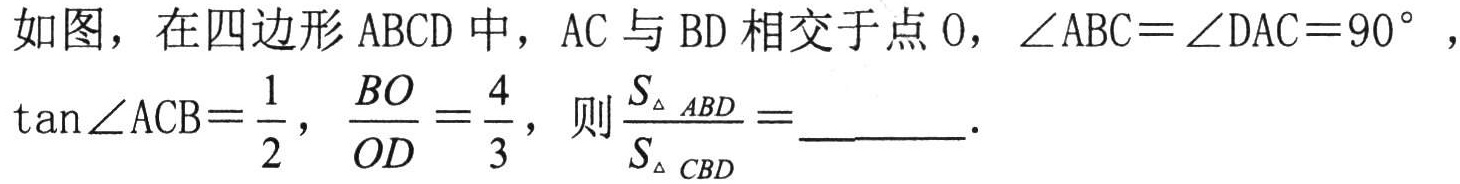
如图，在四边形 \(ABCD\) 中，\(AC\) 与 \(BD\) 相交于点 \(O\)，\(\angle ABC = \angle DAC = 90^{\circ}\)，\(\tan\angle ACB=\frac{1}{2}\)，\(\frac{BO}{OD}=\frac{4}{3}\)，则\(\frac{S_{\triangle ABD}}{S_{\triangle CBD}}=\)  ．